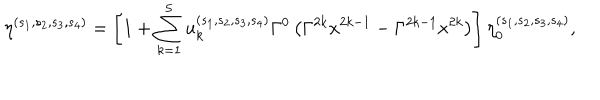
\eta ^ { ( s _ { 1 } , s _ { 2 } , s _ { 3 } , s _ { 4 } ) } = \left[ 1 + \sum _ { k = 1 } ^ { 5 } u _ { k } ^ { ( s _ { 1 } , s _ { 2 } , s _ { 3 } , s _ { 4 } ) } \Gamma ^ { 0 } \left( \Gamma ^ { 2 k } x ^ { 2 k - 1 } - \Gamma ^ { 2 k - 1 } x ^ { 2 k } \right) \right] \eta _ { 0 } ^ { ( s _ { 1 } , s _ { 2 } , s _ { 3 } , s _ { 4 } ) } ,